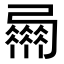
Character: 𢐴